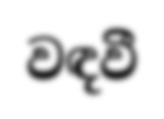
වඳවී